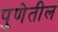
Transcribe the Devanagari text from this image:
पुणेतील